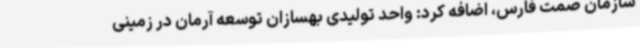
سازمان صمت فارس، اضافه کرد: واحد تولیدی بهسازان توسعه آرمان در زمینی